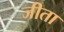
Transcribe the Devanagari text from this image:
जीता